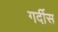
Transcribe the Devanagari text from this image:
गर्दीस